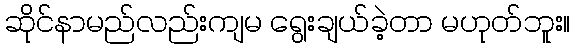
ဆိုင်နာမည်လည်းကျမ ရွေးချယ်ခဲ့တာ မဟုတ်ဘူး။